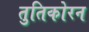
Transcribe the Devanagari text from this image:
तुतिकोरन